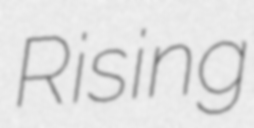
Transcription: Rising